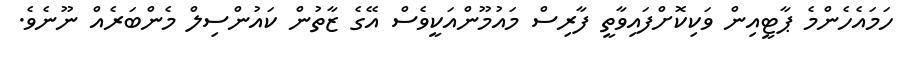
ހަމައެހެންމެ ޕާޓީއިން ވަކިކޮށްފައިވާތީ ފާރިސް މައުމޫންއަކީވެސް އޭގެ ޒާތުން ކައުންސިލް މެންބަރެއް ނޫނެވެ.